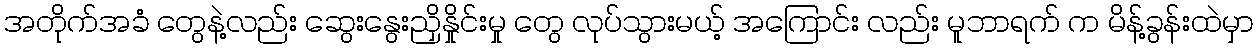
အတိုက်အခံ တွေနဲ့လည်း ဆွေးနွေးညှိနှိုင်းမှု တွေ လုပ်သွားမယ့် အကြောင်း လည်း မူဘာရက် က မိန့်ခွန်းထဲမှာ